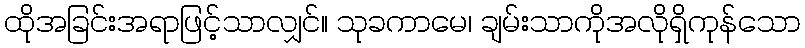
ထိုအခြင်းအရာဖြင့်သာလျှင်။ သုခကာမေ၊ ချမ်းသာကိုအလိုရှိကုန်သော